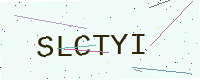
Text: SLCTYI